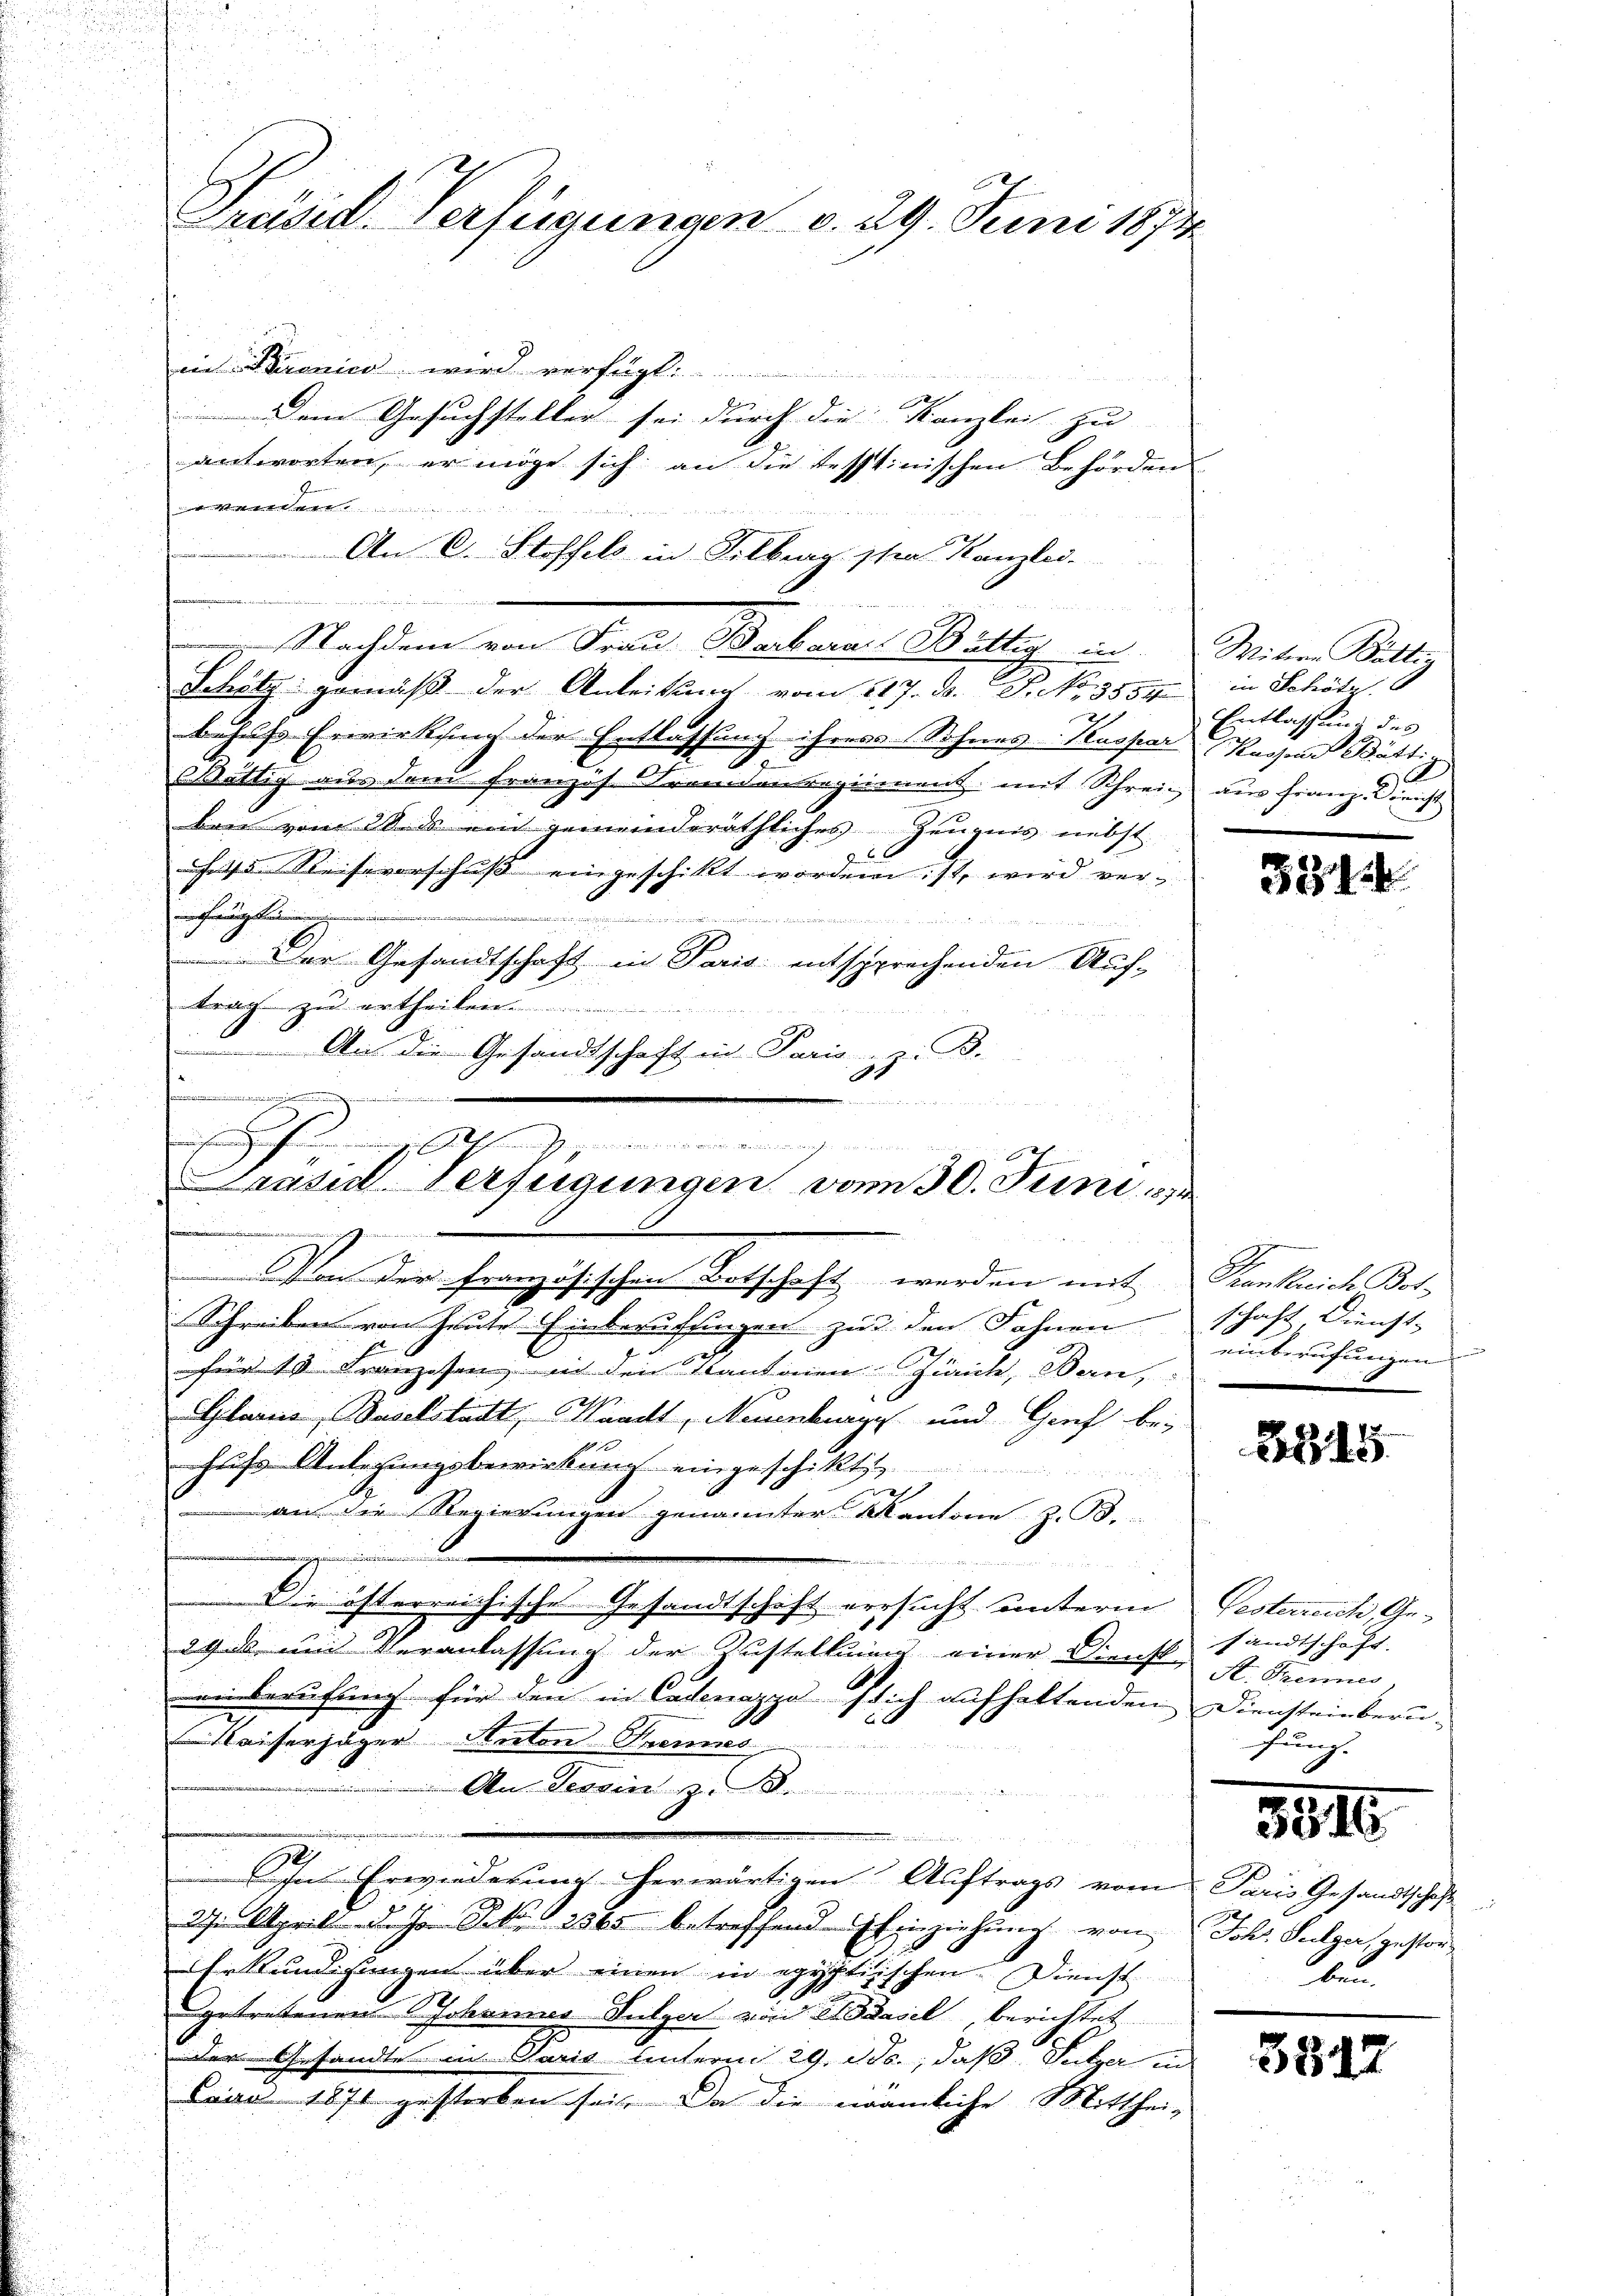
Präsid. Verfügungen v. 29. Juni 1874

in Baronico wird verfügt:
Dem Gesuchsteller sei durch die Kanzlei zu |
antworten, er möge sich an die tesstinischen Behörden
 Westatt
An C. Stoffels in Silberg schen Kanzlei.

a
Nachdem von Frau Barbara Büttig in Mitte Butter
Schritz gemäß der Anleitung vom 117. d. J. No. 3554 in Schätz
behufs Erwirksing der Entlassung ihres Sohnes Kaspar Kassen Bätti¬
Bättig aus dem Franzos. Fremdenregiment mit Schrein aus Franz. Gericht
ben vom 28. d. ein gemeinderäthliches Zeugnis nebst
6 x
45. Reiseverschuß eingeschikt worden ist, wird ver¬
 Franz

 Der Gesandtschaft in Paris entsprechenden Auf-
trag zu ertheilen.
An die Gesandtschaft in Paris, z. B.
88
Von der französischen Botschaft werden mit Krankreich Bot-
Schreiben von heute Einberuffingen zu den Fahnenschaft, Dienst-
für 10 Franzosen, in den Kantonen Zürich, Bern,
Gilariis, Baselstadt, Waadt, Neuenburges und Genf be-
Fuß Anlegungsbewirkung eingeschikti
h
x
an die Regierungen genannter Kantone z. B.
.

Die österreichische Gesandtschaft versucht unterm Vesterreich, Ge¬
29. ds und Veranlassung der Zustellung einer Dienst A. Trennes,
einberufung für den in Cadenazgassich aufhaltenden Diensteinberu-
Kaiserjäger Anton Trennes
An Tessin z
dee eine in der einen der      der an der
In Erwiederung herwärtigen Auftrags vom Paris Gesandtschaft
27. April d. Jan Frk. 2365 betreffende Einziehung von Joh. Sulzer, gestorerkundigungen über einen in egyptischen Dienst
getretenen Johannes Sulzer von Basel, berichtet
der Gesandte in Paris unterm 29. Ja, daß Putzer in
Lava 1870 gestorben sei. Da die nämliche Mitthei-

.

iechen zu fernung Anschmerz gerinnerin annungen
i
rasil Verfügungen vom 30. Juni 1874

EEntlassung des
2

381

einberufungen

88,15

sandtschaft.
fung.

3816

2ten

3817